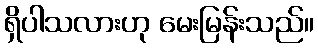
ရှိပါသလားဟု မေးမြန်းသည်။